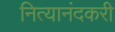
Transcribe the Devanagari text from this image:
नित्यानंदकरी